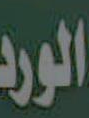
الورد